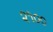
૨૧૦૦